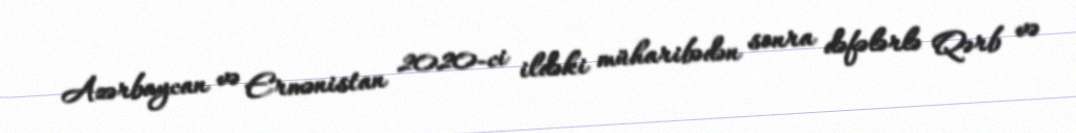
Azərbaycan və Ermənistan 2020-ci ildəki müharibədən sonra dəfələrlə Qərb və